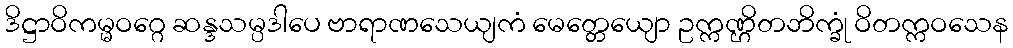
ဒိဋ္ဌာဝိကမ္မဝဂ္ဂေ ဆန္ဒသမ္ပဒါပေ ဗာရာဏသေယျကံ မေတ္တေယျော ဥက္ကဏ္ဌိတဘိက္ခုံ ဝိတက္ကဝသေန